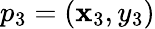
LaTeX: p_{3}=(\mathbf{x}_{3},y_{3})